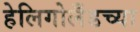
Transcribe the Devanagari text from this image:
हेलिगोलँडच्या